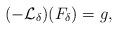
LaTeX: \begin{align*}(-\mathcal{L}_\delta)(F_\delta) = g,\end{align*}